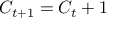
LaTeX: C _ { t + 1 } = C _ { t } + 1